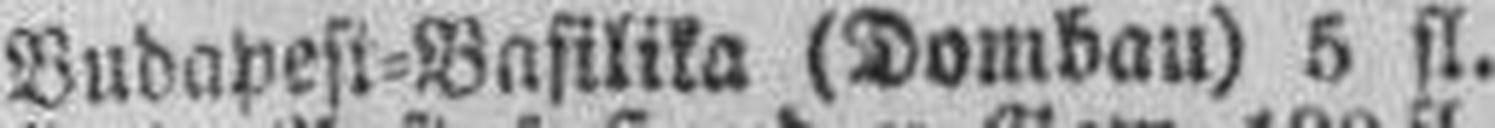
Budapest=Basilika (Dombau) 5 fl.